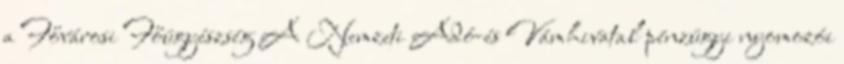
a Fővárosi Főügyészség A Nemzeti Adó-és Vámhivatal pénzügyi nyomozói